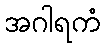
အဂါရကံ